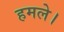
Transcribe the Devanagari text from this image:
हमले।